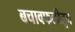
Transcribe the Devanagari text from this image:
बचावफळीतून